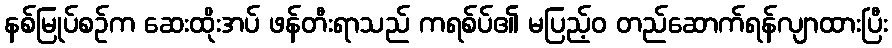
နစ်မြုပ်စဉ်က ဆေးထိုးအပ် ဖန်တီးရာသည် ကရစ်ပ်၏ မပြည့်ဝ တည်ဆောက်ရန်လျာထားပြီး